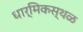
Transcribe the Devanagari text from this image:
धार्मिकस्थळ